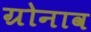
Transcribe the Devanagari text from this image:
ग्रोनाव